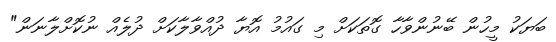
ބަޔަކު މީހުން ބޭނުންވާހާ ގޮތަކަށް މި ގައުމު އޮޔާ ދުއްވާލާކަށް ދުލެއް ނުކޮށްލާނަން"